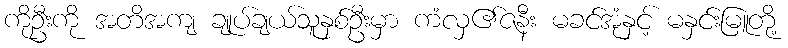
ကိုဦးကို အတိအကျ ချုပ်ချယ်သူနှစ်ဦးမှာ ကံလှ၏ဇနီး မခင်အုံနှင့် မနှင်းမြူတို့